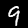
Label: 9